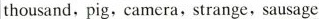
thousand,pig,camera,strange,sausage